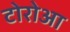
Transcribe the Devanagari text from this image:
टोरोआ